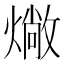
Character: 𤏮